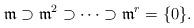
LaTeX: \begin{align*}\mathfrak{m}\supset \mathfrak{m}^2\supset \dots \supset \mathfrak{m}^r=\{0\}. \end{align*}